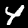
Label: 4